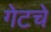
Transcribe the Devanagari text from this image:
गेटचे